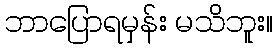
ဘာပြောရမှန်း မသိဘူး။